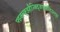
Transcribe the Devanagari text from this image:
फ्झ्क्ल्क्झ्हैज्क्द्जिएवोलिउल्द्फ्